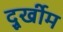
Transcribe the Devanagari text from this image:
दुूर्खीम